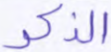
الذكر